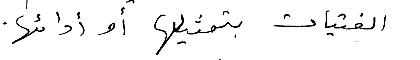
الفتيات بتمثيلها أو أدائها.